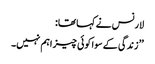
لارنس نے کہا تھا:
’’ زندگی کے سوا کوئی چیز اہم نہیں۔